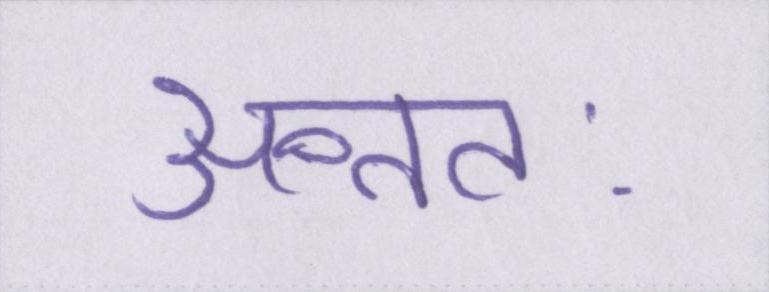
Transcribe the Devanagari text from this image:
अन्ततः